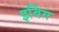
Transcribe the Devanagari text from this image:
इविंग